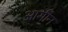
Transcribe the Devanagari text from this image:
आर्गॉन